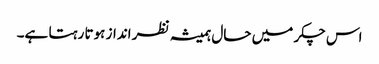
اس چکر میں حال ہمیشہ نظر انداز ہوتا رہتا ہے۔